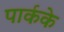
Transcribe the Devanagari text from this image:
पार्कके